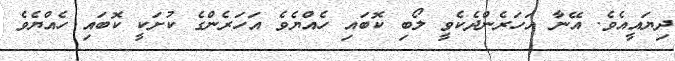
ދިޔައީއެވެ. އޭނާ އަހަރެންދެކެވީ ލޯބި ކޮބައި ހެއްޔެވެ އަހަރެންގެ ކުށަކީ ކޮބައި ހެއްޔެވެ